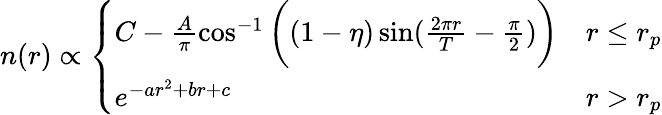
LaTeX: n(r)\propto\left\{ \begin{array}{ll}{C-\frac{A}{\pi}\cos^{-1}\bigg((1-\eta)\sin(\frac{2\pi r}{T}-\frac{\pi}{2})\bigg)}&{r\leq r_{p}}\\ {e^{-ar^{2}+br+c}}&{r>r_{p}}\end{array}\right.